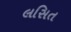
લસિત